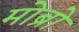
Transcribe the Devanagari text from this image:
मोब्रो